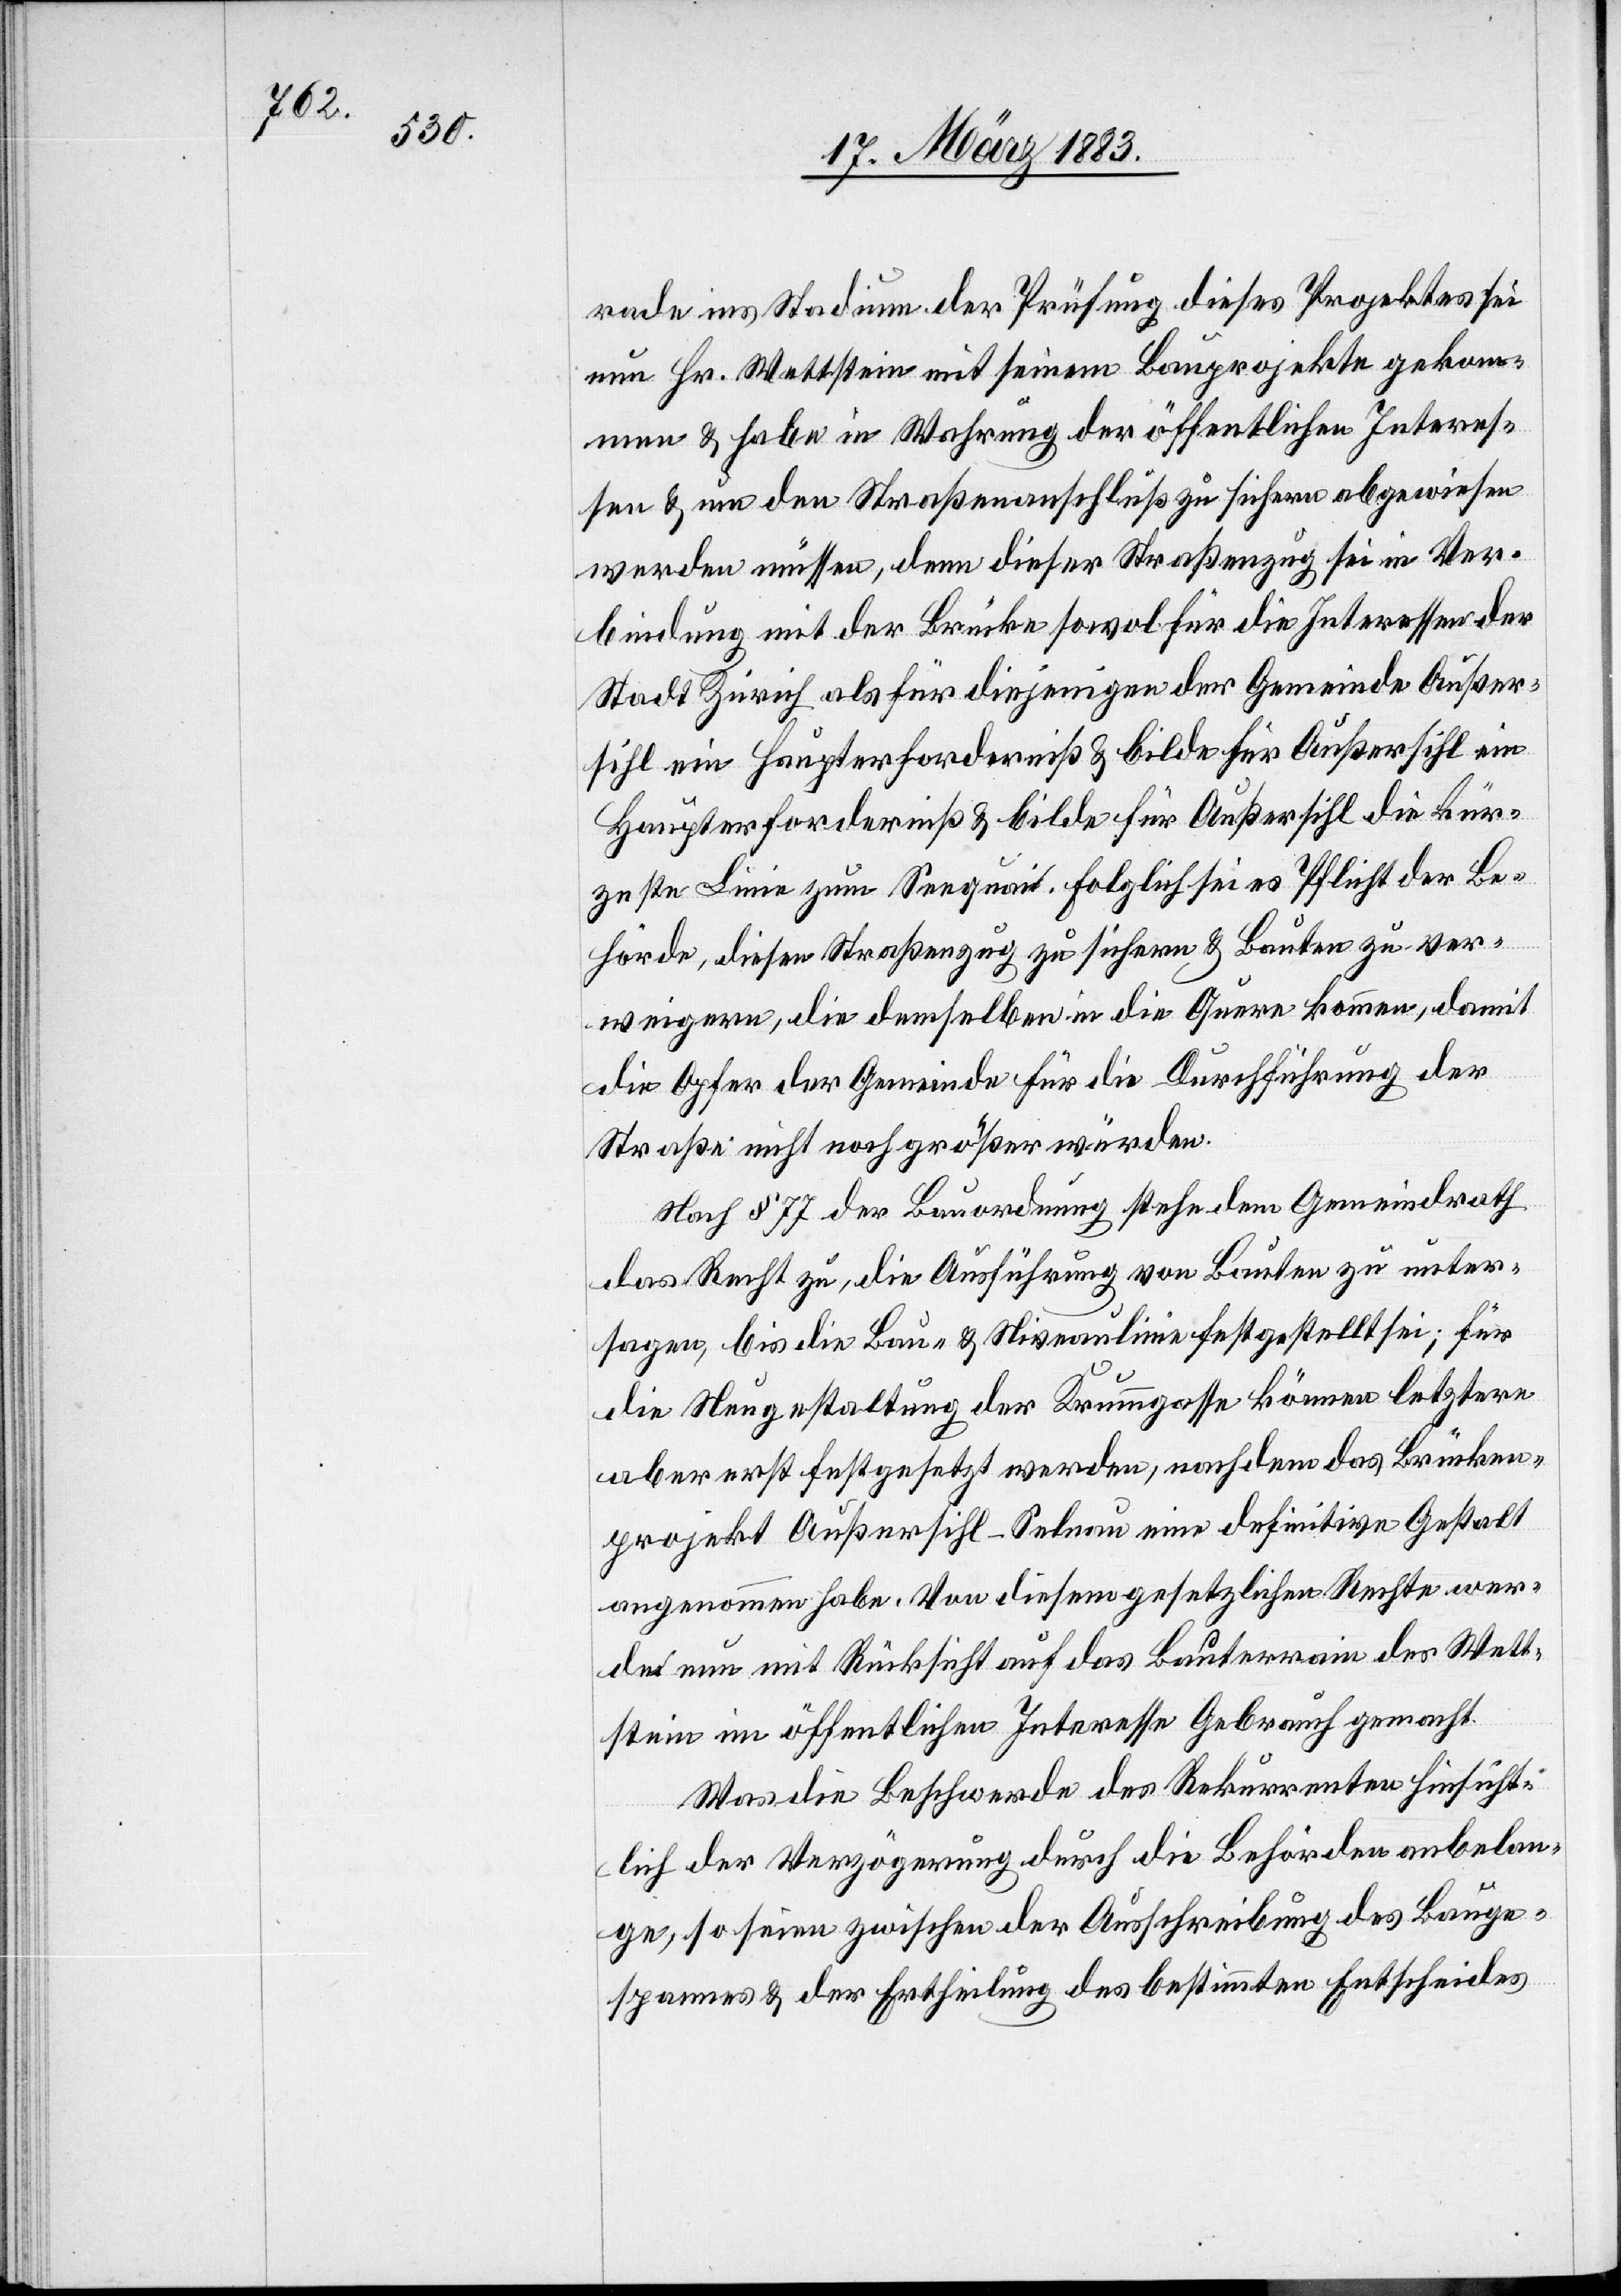
sihl

rade ins Stadium der Prüfung dieses Projektes sei
nun Hr. Wettstein mit seinem Bauprojekte gekom¬
men & habe in Wahrung der öffentlichen Interes¬
sen & um den Straßenanschluß zu sichern abgewiesen
werden müssen, denn dieser Straßenzug sei in Ver¬
bindung mit der Brücke sowol für die Interessen der
Stadt Zürich als für diejenigen der Gemeinde Außer¬
Haupterforderniß & bilde für Außersihl die kür¬
zeste Linie zum Seequai. Folglich sei es Pflicht der Be¬
hörde, diesen Straßenzug zu sichern & Bauten zu ver¬
weigern, die demselben in die Quere kommen, damit
die Opfer der Gemeinde für die Durchführung der
Straße nicht noch größer würden.
Nach § 77 der Bauordnung stehe dem Gemeindrath
das Recht zu, die Ausführung von Bauten zu unter¬
sagen, bis die Bau- & Niveaulinie festgestellt sei; für
die Neugestaltung der Krummgasse können letztere
aber erst festgesetzt werden, nachdem das Brücken¬
projekt Außersihl–Selnau eine definitive Gestalt
angenommen habe. Von diesem gesetzlichen Rechte wer¬
de nun mit Rücksicht auf das Bauterrain des Wett¬
stein im öffentlichen Interesse Gebrauch gemacht.
Was die Beschwerde des Rekurrenten hinsicht¬
lich der Verzögerung durch die Behörden anbelan¬
ge, so seien zwischen der Ausschreibung des Bauge¬
spannes & der Ertheilung des bestimmten Entscheides